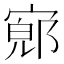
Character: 𫳨